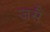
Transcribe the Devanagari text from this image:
जसै